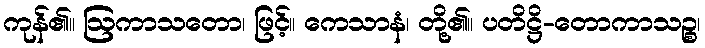
ကုန်၏။ ဩကာသတော၊ ဖြင့်။ ကေသာနံ၊ တို့၏။ ပတိဋ္ဌိ-တောကာသဉ္စ၊